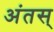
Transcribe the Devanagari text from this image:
अंतस्‌